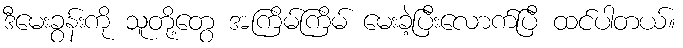
ဒီမေးခွန်းကို သူတို့တွေ အကြိမ်ကြိမ် မေးခဲ့ပြီးလောက်ပြီ ထင်ပါတယ်။